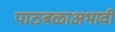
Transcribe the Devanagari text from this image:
पाठबळाअभावी